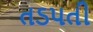
તડપતી